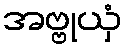
အဗ္ဗုယှံ